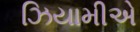
ઝિયામીએ